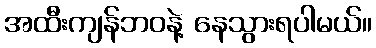
အထီးကျန်ဘဝနဲ့ နေသွားရပါမယ်။